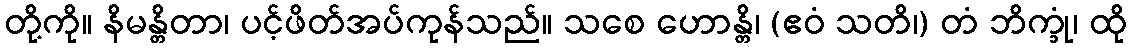
တို့ကို။ နိမန္တိတာ၊ ပင့်ဖိတ်အပ်ကုန်သည်။ သစေ ဟောန္တိ၊ (ဧဝံ သတိ၊) တံ ဘိက္ခုံ၊ ထို